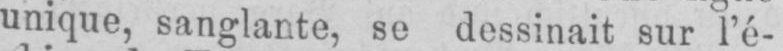
unique, sanglante, se dessinait sur l’é-